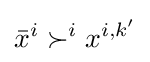
{\bar {x}}^{i}\succ ^{i}x^{i,k'}